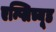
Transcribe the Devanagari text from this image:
एम्प्लिच्यूड